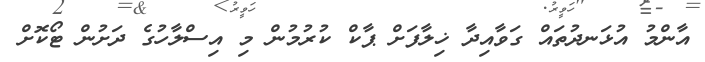
އާންމު އުޅަނދުތައް ގަވާއިދާ ޚިލާފަށް ޕާކް ކުރުމުން މި އިސްލާހުގެ ދަށުން ޓޯކޮށް